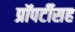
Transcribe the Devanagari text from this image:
प्रॉपर्टीसह